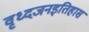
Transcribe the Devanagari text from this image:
वृध्दजनइतिहास